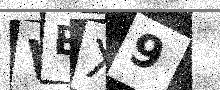
Text: VBX9